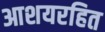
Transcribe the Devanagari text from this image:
आशयरहित